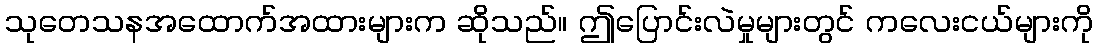
သုတေသနအထောက်အထားများက ဆိုသည်။ ဤပြောင်းလဲမှုများတွင် ကလေးငယ်များကို